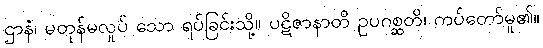
ဌာနံ၊ မတုန်မလှုပ် သော ရပ်ခြင်းသို့။ ပဋိဇာနာတိ ဥပဂစ္ဆတိ၊ ကပ်တော်မူ၏။